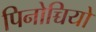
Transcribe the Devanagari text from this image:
पिनोच्चियो